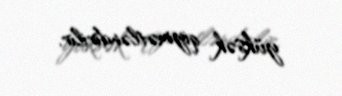
yüksək qiymətləndirilir.